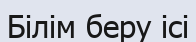
Білім беру ісі